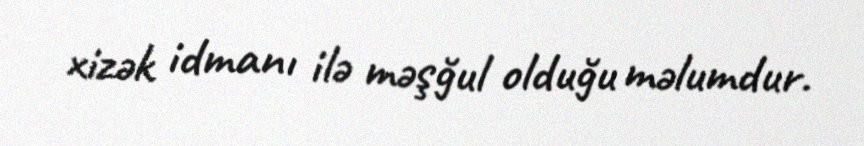
xizək idmanı ilə məşğul olduğu məlumdur.